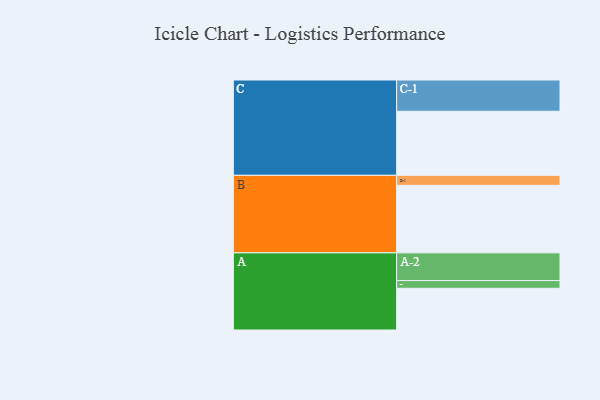
{"axis": {"x": "Segment", "y": "Value"}, "legend": ["", "A", "B", "C"], "data": [{"x": "A", "y": 367, "type": ""}, {"x": "B", "y": 594, "type": ""}, {"x": "C", "y": 564, "type": ""}, {"x": "A-1", "y": 68, "type": "A"}, {"x": "A-2", "y": 244, "type": "A"}, {"x": "B-1", "y": 88, "type": "B"}, {"x": "C-1", "y": 275, "type": "C"}]}